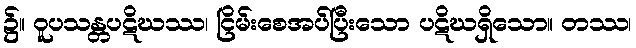
၌။ ဝူပသန္တပဋိဃဿ၊ ငြိမ်းစေအပ်ပြီးသော ပဋိဃရှိသော။ တဿ၊